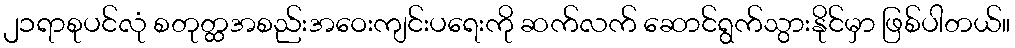
၂၁ရာစုပင်လုံ စတုတ္ထအစည်းအဝေးကျင်းပရေးကို ဆက်လက် ဆောင်ရွက်သွားနိုင်မှာ ဖြစ်ပါတယ်။